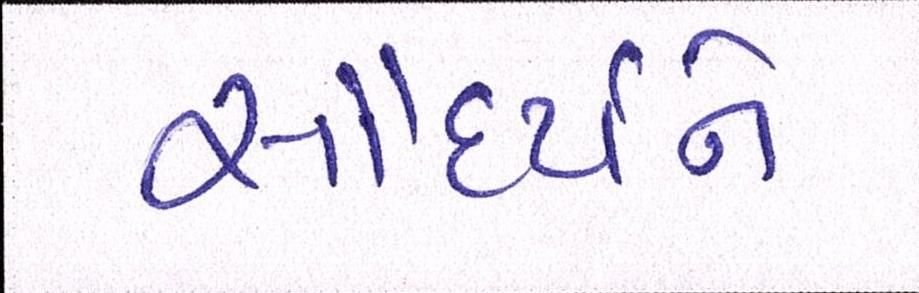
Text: સૌદર્યને